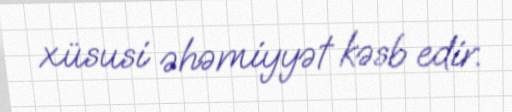
xüsusi əhəmiyyət kəsb edir.